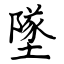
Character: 墜